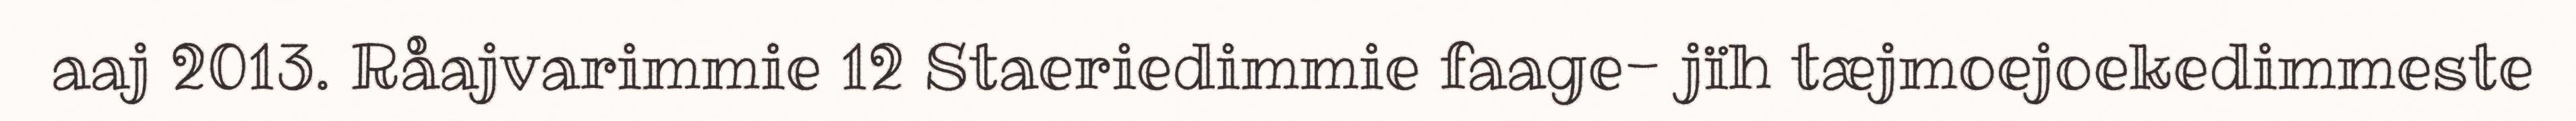
aaj 2013. Råajvarimmie 12 Staeriedimmie faage- jïh tæjmoejoekedimmeste